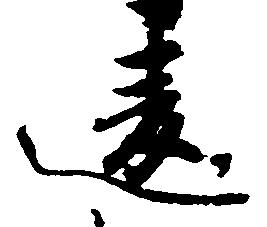
違